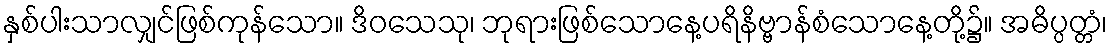
နှစ်ပါးသာလျှင်ဖြစ်ကုန်သော။ ဒိဝသေသု၊ ဘုရားဖြစ်သောနေ့ပရိနိဗ္ဗာန်စံသောနေ့တို့၌။ အဓိပ္ပတ္တံ၊